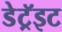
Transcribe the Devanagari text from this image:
डेट्रॅइट